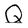
Character: Q